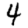
Digit: 4